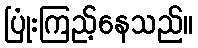
ပြုံးကြည့်နေသည်။